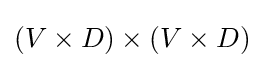
(V\times D)\times (V\times D)